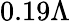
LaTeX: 0.19\Lambda